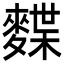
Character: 𪍐